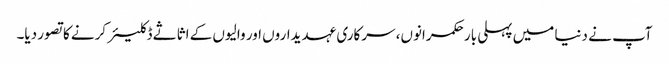
آپ نے دنیا میں پہلی بار حکمرانوں، سرکاری عہدیداروں اور والیوں کے اثاثے ڈکلیئر کرنے کاتصور دیا۔